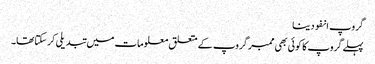
گروپ انفو دینا
پہلے گروپ کا کوئی بھی ممبر گروپ کے متعلق معلومات میں تبدیلی کرسکتاتھا۔